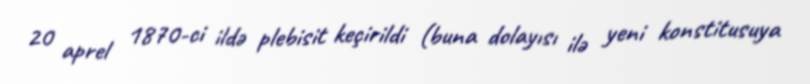
20 aprel 1870-ci ildə plebisit keçirildi (buna dolayısı ilə yeni konstitusuya